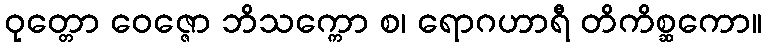
ဝုတ္တော ဝေဇ္ဇော ဘိသက္ကော စ၊ ရောဂဟာရီ တိကိစ္ဆကော။